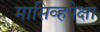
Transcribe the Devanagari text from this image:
मासिव्हपेक्षा